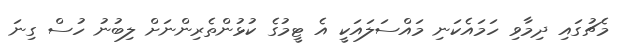
މެޗުގައި ދިމާވި ހަމައެކަނި މައްސަލައަކީ އެ ޓީމުގެ ކުޅުންތެރިންނަށް ލިބުނު ހުސް ގިނަ